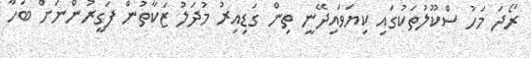
ރޯދަ މަހު ސްކޫލުތަކުގައި ކިޔަވައިދޭނީ ތިން ގަޑިއިރު މުދަލު ޒަކާތުން ފަގީރުންނަށް ބަހާ